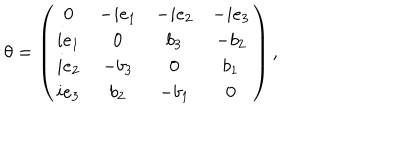
LaTeX: \theta = \left( \begin{array} { c c c c } { { 0 } } & { { - i e _ { 1 } } } & { { - i e _ { 2 } } } & { { - i e _ { 3 } } } \\ { { i e _ { 1 } } } & { { 0 } } & { { b _ { 3 } } } & { { - b _ { 2 } } } \\ { { i e _ { 2 } } } & { { - b _ { 3 } } } & { { 0 } } & { { b _ { 1 } } } \\ { { i e _ { 3 } } } & { { b _ { 2 } } } & { { - b _ { 1 } } } & { { 0 } } \\ \end{array} \right) ,